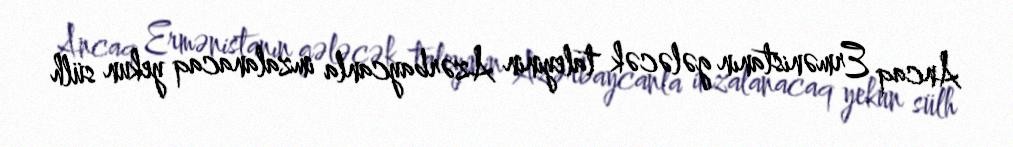
Ancaq Ermənistanın gələcək taleyinin Azərbaycanla imzalanacaq yekun sülh